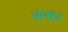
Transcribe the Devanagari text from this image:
ओक्टैंट